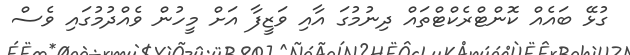
ގުޅޭ ބައެއް ކޮންޓްރެކްޓްތައް ދިނުމުގަ އާއި ވަޒީފާ އަށް މީހުން ވެއްދުމުގައި ވެސް